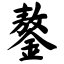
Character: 鏊